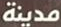
مدينة